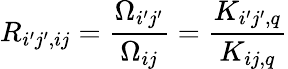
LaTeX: R_{i^{\prime}j^{\prime},ij}=\frac{\Omega_{i^{\prime}j^{\prime}}}{\Omega_{ij}}=\frac{K_{i^{\prime}j^{\prime},q}}{K_{ij,q}}